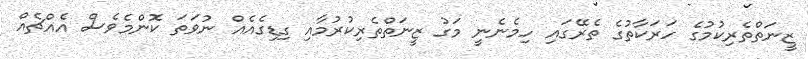
ޒީނަތްތެރިކުމުގެ ހަރަކާތުގެ ތެރޭގައި ހިމެނެނީ މަގު ޒީނަތްތެރިކުރުމާއި ގިޑިގެއެއް ނުވަތަ ކޮންމެވެސް އެއްޗެއް